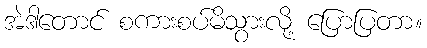
အဲဒါတောင် စကားစပ်မိသွားလို့ ပြောပြတာ။